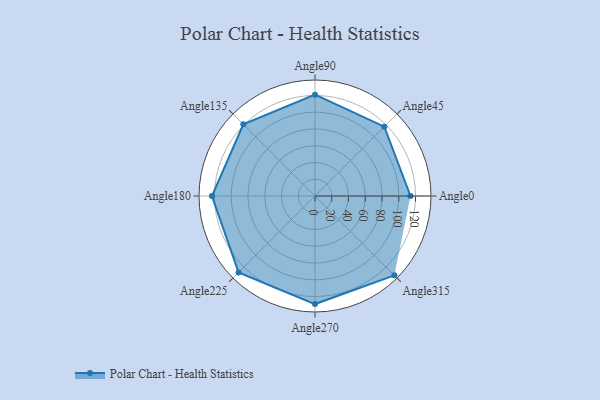
{"axis": {"x": "Angle", "y": "Radius"}, "legend": [""], "data": [{"x": "Angle0", "y": 114.0, "type": ""}, {"x": "Angle45", "y": 117.0, "type": ""}, {"x": "Angle90", "y": 121.0, "type": ""}, {"x": "Angle135", "y": 121.0, "type": ""}, {"x": "Angle180", "y": 123.0, "type": ""}, {"x": "Angle225", "y": 129.0, "type": ""}, {"x": "Angle270", "y": 129.0, "type": ""}, {"x": "Angle315", "y": 134.0, "type": ""}]}